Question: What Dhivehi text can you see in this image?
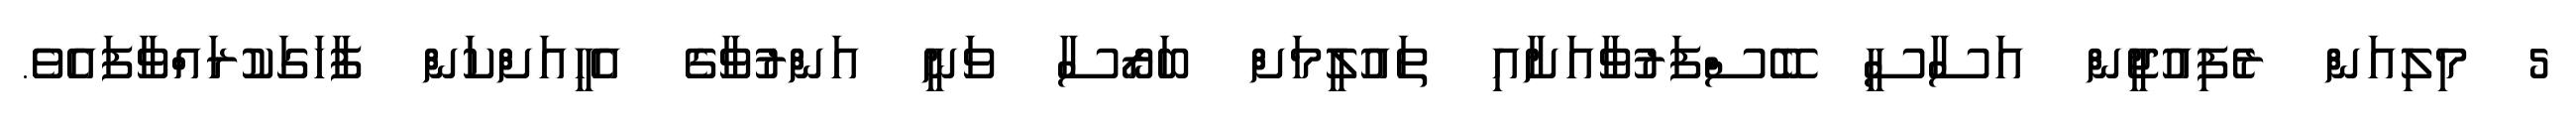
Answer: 5 މިލިއަން ރެފިއުޖީން އަސާސީ ބޭސްފަރުވާއަށާއި ތައުލީމަށް ބަރޯސާ ވަނީ އަންރުވާގެ އެހީއަށްކަން ފާހަގަކުރައްވާފައެވެ.